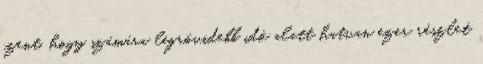
izent, hogy számára legrövidebb idő alatt hatvan ezer részlet